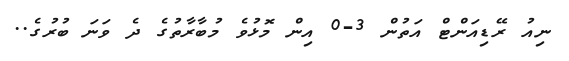
ނިއު ރޭޑިއަންޓް އަތުން 3-0 އިން މޮޅުވެ މުބާރާތުގެ ދެ ވަނަ ބުރުގެ..